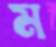
ম